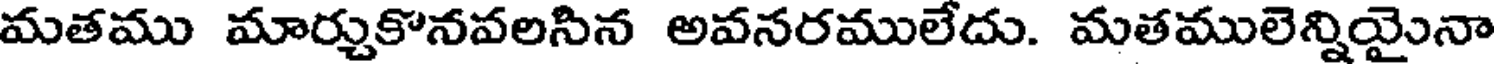
మతము మార్చుకొనవలసిన అవనరములేదు. మతములెన్నియైనా